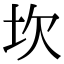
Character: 坎